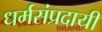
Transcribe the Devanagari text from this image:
धर्मसंप्रदायी